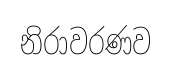
නිරාවරණව